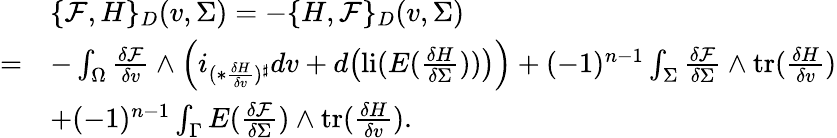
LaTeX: \begin{array}{rl}&{\{ \mathcal{F},H\} _{D}(v,\Sigma)=-\{ H,\mathcal{F}\} _{D}(v,\Sigma)}\\ {=}&{-\int_{\Omega}\frac{\delta\mathcal{F}}{\delta v}\wedge\Big(i_{(\ast\frac{\delta H}{\delta v})^{\sharp}}dv+d\big(\mathrm{li}(E(\frac{\delta H}{\delta\Sigma}))\big)\Big)+(-1)^{n-1}\int_{\Sigma}\frac{\delta\mathcal{F}}{\delta\Sigma}\wedge\mathrm{tr}(\frac{\delta H}{\delta v})}\\ &{+(-1)^{n-1}\int_{\Gamma}E(\frac{\delta\mathcal{F}}{\delta\Sigma})\wedge\mathrm{tr}(\frac{\delta H}{\delta v}).}\end{array}